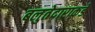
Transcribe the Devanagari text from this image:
बलुतेदाराकडे